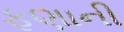
ફણાની